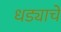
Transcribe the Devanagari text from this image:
धड्याचे